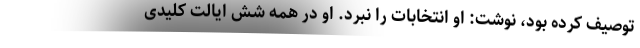
توصیف کرده بود، نوشت: او انتخابات را نبرد. او در همه شش ایالت کلیدی